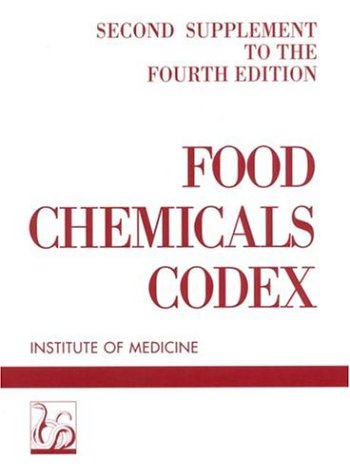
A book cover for Food Chemicals Codex: Second Supplement to the Fourth Edition; Institute of Me; Health, Fitness & Dieting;